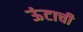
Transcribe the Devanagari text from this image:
ऊंटाची